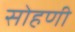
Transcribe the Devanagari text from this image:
सोहणी